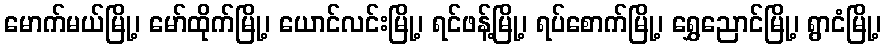
မောက်မယ်မြို့၊ မော်ထိုက်မြို့၊ ယောင်လင်းမြို့၊ ရင်ဖန့်မြို့၊ ရပ်စောက်မြို့၊ ရွှေညောင်မြို့၊ ရွာငံမြို့၊